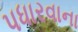
પધારવાના